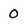
Character: 0